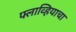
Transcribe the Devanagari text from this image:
फ्लाव्हियाचा